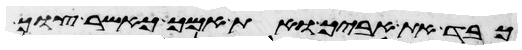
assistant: כבד את אביך ואת אמך כאשר צוך